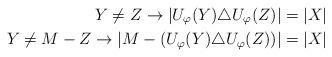
LaTeX: \begin{align*}Y\neq Z \rightarrow |U_\varphi(Y)\triangle U_\varphi(Z)| = |X| \\Y \neq M-Z \rightarrow |M-(U_\varphi(Y)\triangle U_\varphi(Z))| = |X|\end{align*}